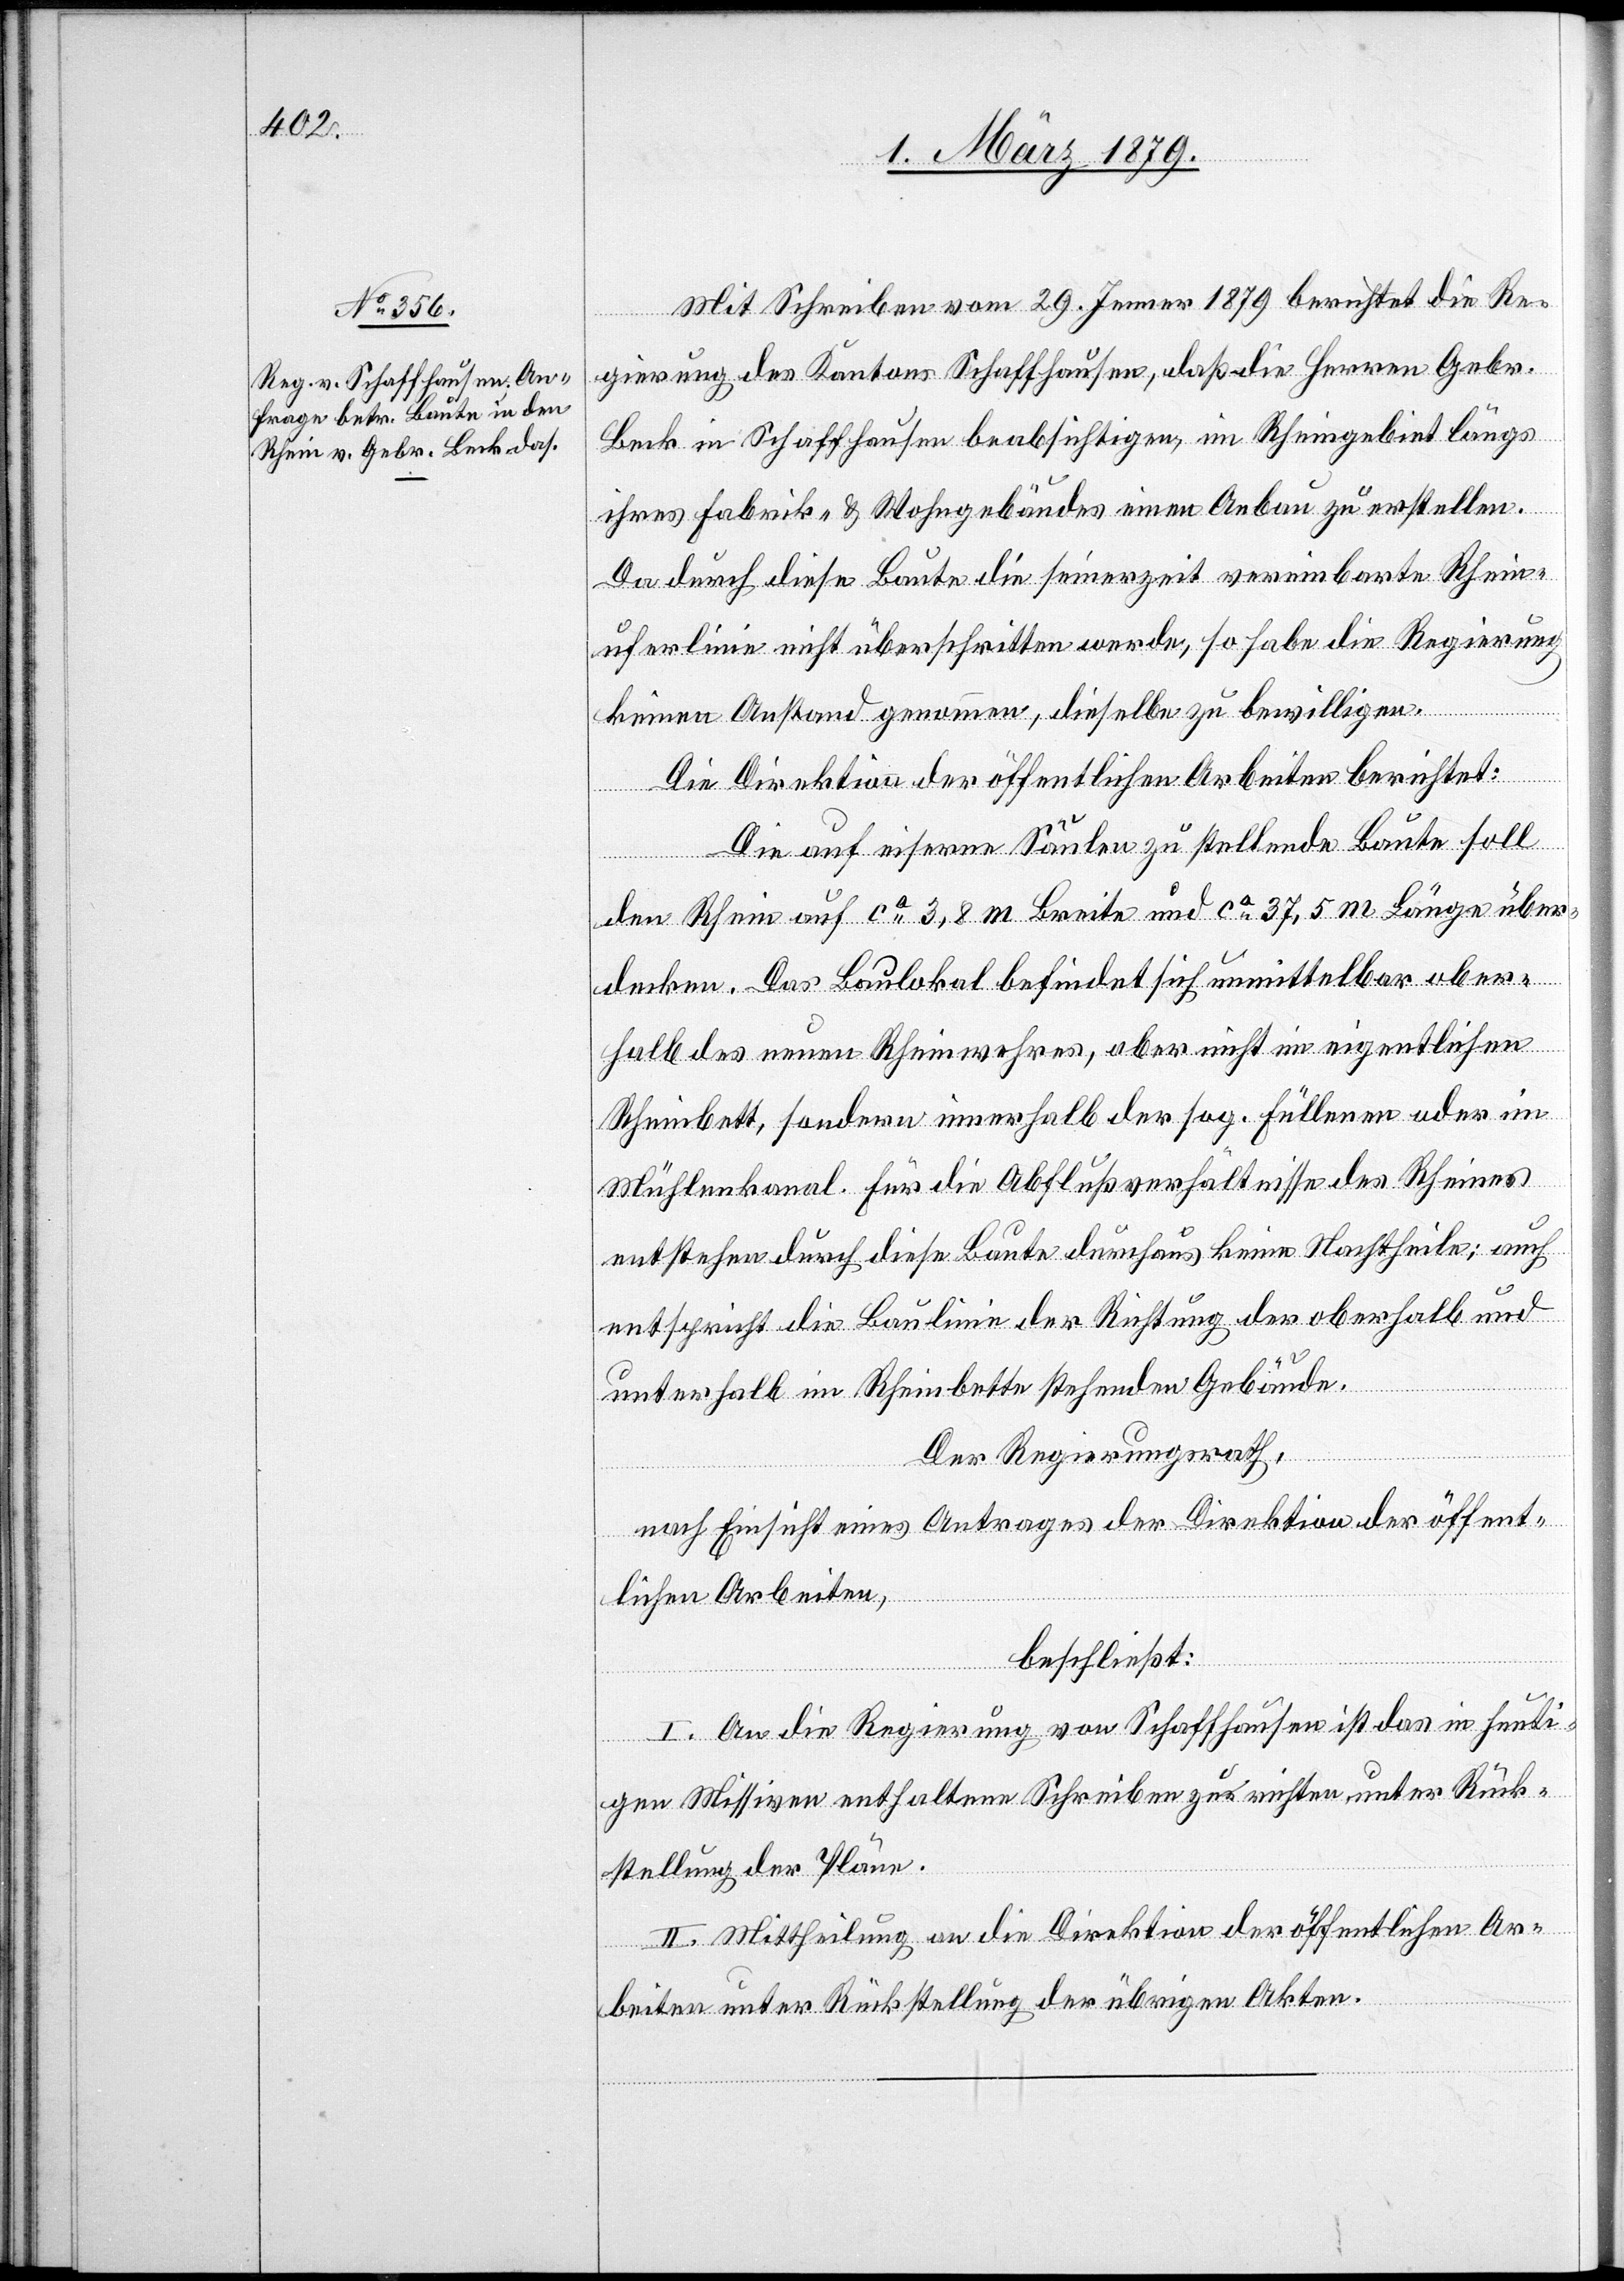
Mit Schreiben vom 29. Jenner 1879 berichtet die Re¬
gierung des Kantons Schaffhausen, daß die Herren Gebr.
Beck in Schaffhausen beabsichtigen, im Rheingebiet längs
ihres Fabrik- & Wohngebäudes einen Anbau zu erstellen.
Da durch diese Baute die seinerzeit vereinbarte Rhein¬
uferlinie nicht überschritten werde, so habe die Regierung
keinen Anstand genommen, dieselbe zu bewilligen.
Die Direktion der öffentlichen Arbeiten berichtet:
Die auf eiserne Säulen zu stellende Baute soll
den Rhein auf ca 3,8 m Breite und ca 37,5 m Länge über¬
decken. Das Baulokal befindet sich unmittelbar ober¬
halb des neuen Rheinwehres, aber nicht im eigentlichen
Rheinbett, sondern innerhalb der sog. Füllenen oder im
Mühlenkanal. Für die Abflußverhältnisse des Rheines
entstehen durch diese Baute durchaus keine Nachtheile; auch
entspricht die Baulinie der Richtung der oberhalb und
unterhalb im Rheinbette stehenden Gebäude.
Der Regierungsrath,
nach Einsicht eines Antrages der Direktion der öffent¬
lichen Arbeiten,
beschließt:
I. An die Regierung von Schaffhausen ist das in heuti¬
gen Missiven enthaltene Schreiben zu richten unter Rück¬
stellung der Pläne.
II. Mittheilung an die Direktion der öffentlichen Ar¬
beiten unter Rückstellung der übrigen Akten.